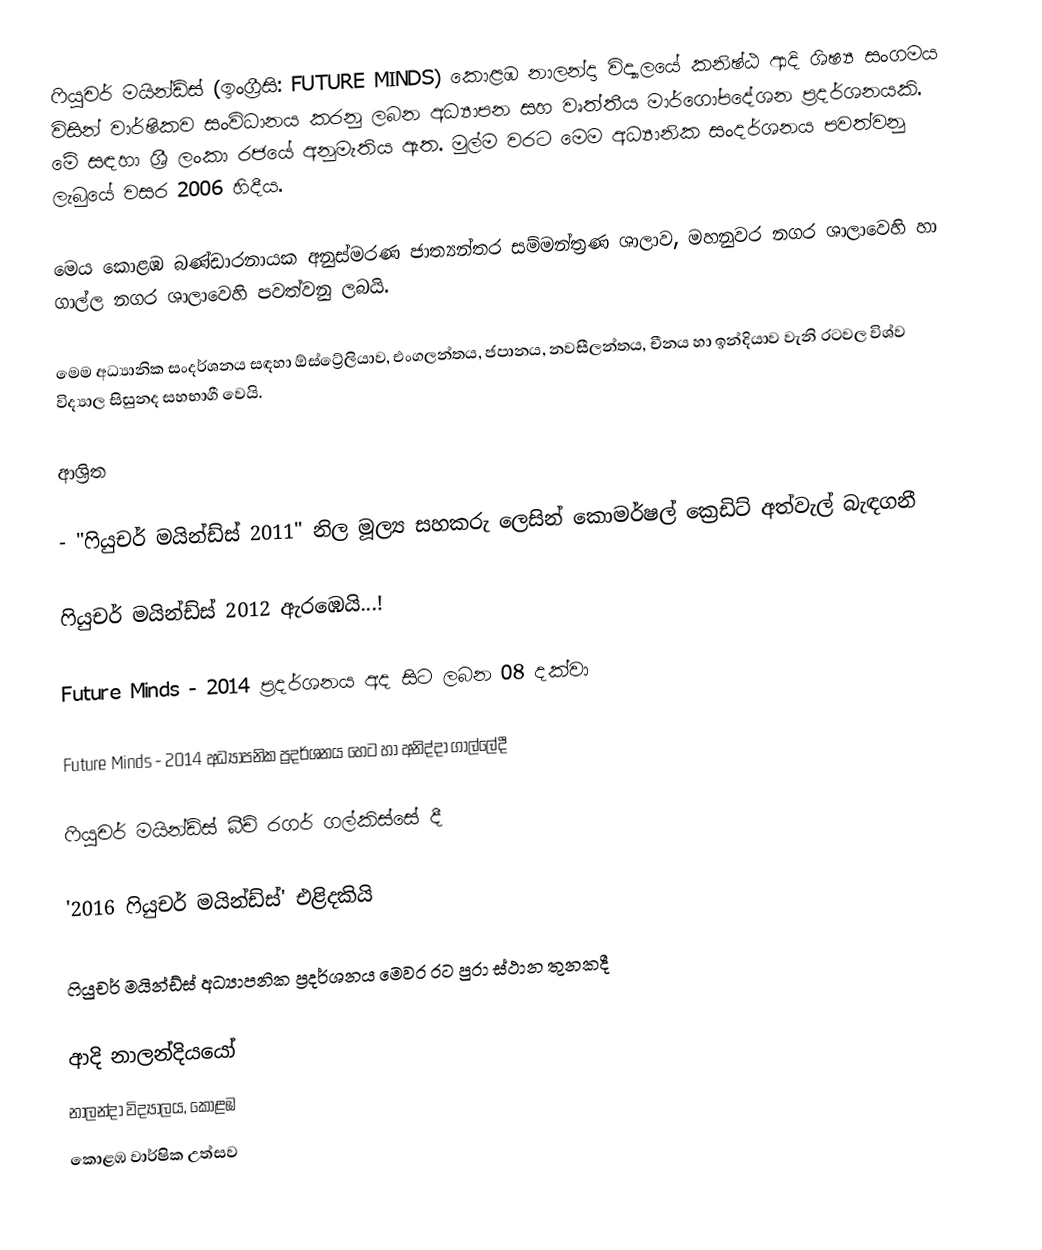
ෆියුචර් මයින්ඩ්ස් (ඉංග්‍රීසි: FUTURE MINDS) කොළඹ නාලන්දා විද්‍යාලයේ කනිෂ්ඨ ආදි ශිෂ්‍ය සංගමය විසින් වාර්ෂිකව සංවිධානය කරනු ලබන අධ්‍යාපන සහ වෘත්තීය මාර්ගෝපදේශන ප්‍රදර්ශනයකි. මේ සඳහා ශ්‍රී ලංකා රජයේ අනුමැතිය ඇත. මුල්ම වරට මෙම අධ්‍යානික සංදර්ශනය පවත්වනු ලැබුයේ වසර 2006 හිදීය.

මෙය කොළඹ බණ්‌ඩාරනායක අනුස්‌මරණ ජාත්‍යන්තර සම්මන්ත්‍රණ ශාලාව, මහනුවර නගර ශාලාවෙහි හා ගාල්ල නගර ශාලාවෙහි පවත්වනු ලබයි.

මෙම අධ්‍යානික සංදර්ශනය සඳහා ඕස්ට්‍රේලියාව, එංගලන්තය, ජපානය, නවසීලන්තය, චීනය හා ඉන්දියාව වැනි රටවල විශ්ව විද්‍යාල සිසුනද සහභාගී වෙයි.

ආශ්‍රිත

 - "ෆියුචර් මයින්ඩ්ස්‌ 2011" නිල මූල්‍ය සහකරු ලෙසින් කොමර්ෂල් ක්‍රෙඩිට්‌ අත්වැල් බැඳගනී

 ෆියුචර් මයින්ඩ්ස් 2012 ඇරඹෙයි...!

  Future Minds - 2014 ප්‍රදර්ශනය අද සිට ලබන 08 දක්වා

 Future Minds - 2014 අධ්‍යාපනික ප්‍රදර්ශනය හෙට හා අනිද්දා ගාල්ලේදී

 ෆියුචර් මයින්ඩ්ස් බීච් රගර් ගල්කිස්සේ දී

 '2016 ෆියුචර් මයින්ඩ්ස්' එළිදකියි

 ෆියුචර් මයින්ඩ්ස් අධ්‍යාපනික ප්‍රදර්ශනය මෙවර රට පුරා ස්ථාන තුනකදී

ආදි නාලන්දියයෝ
නාලන්දා විද්‍යාලය, කොළඹ
කොළඹ වාර්ෂික උත්සව